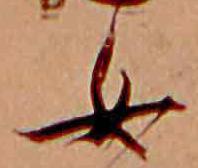
女